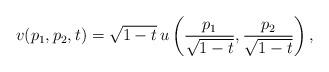
LaTeX: \begin{align*}v(p_1,p_2,t)=\sqrt{1-t}\, u\left(\frac{p_1}{\sqrt{1-t}},\frac{p_2}{\sqrt{1-t}}\right),\end{align*}